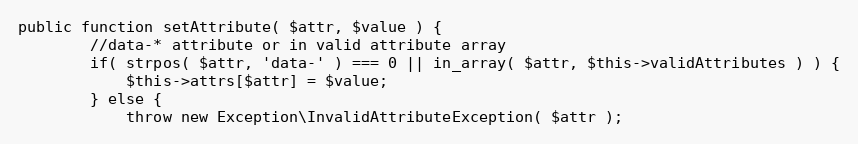
Language: PHP
public function setAttribute( $attr, $value ) {
        //data-* attribute or in valid attribute array
        if( strpos( $attr, 'data-' ) === 0 || in_array( $attr, $this->validAttributes ) ) {
            $this->attrs[$attr] = $value;
        } else {
            throw new Exception\InvalidAttributeException( $attr );